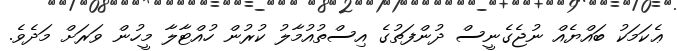
ޢެކަމަކު ބައްޔެއް ނުޖެގެނީސް ދުންފަތުގެ އިސްތުއުމާލު ކުރުން ހުއްޓާލާ މީހުން ވަރަށް މަދެވެ.